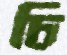
চি